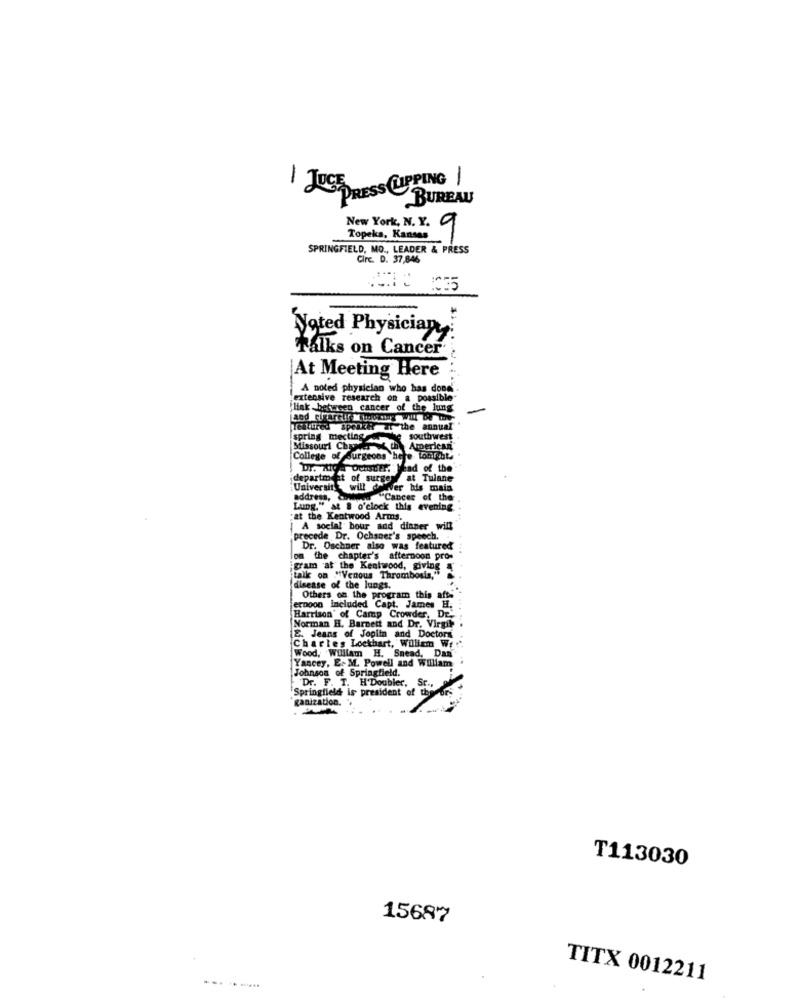
1 JUCE DRESS CUPPING /
BUREAU
New York, N. Y. 9
Topeka, Kansas
SPRINGFIELD, MO ., LEADER & PRESS
Circ. D. 37,846
Noted Physician
Talks on Cancer
At Meeting Here
A noted physician who has done-
extensive research on a possible-
link between cancer of the lung
-
Tellured speakh at the annual
spring mecting
southwest
Missouri Chy
American
College of surgeons here tonight
Dr. Ale Denstier:" Wad of the
department of surgery at Tulane
University will driver his mais
address, co
wow "Cances of the
Lung." at & o'clock this evening
:at the Kentwood Arms.
A social" bour and dinner will
precede Dr. Ochsner's speech.
Dr. Oschner also was featured
on the chapter's afternoon pro-
gram at the Kentwood, giving
talk on "Venous Thrombosis,"
disease of the lungs.
Others on the program this afts
ernoon Included Capt. James H.
Harrison' of Camp Crowder, DE,
Norman H. Barnett and Dr. Virgile
E. Jeans of Jogiin and Doctors
Charles Lockhart, William Wt
Wood, William H. Snead, Dan
Yancey, E.M. Powell and William
Johnson of Springfield.
Springfield is president of the
Dr. F. T. H'Doubler, Sr .,
ganization.
T113030
15687
TITX 0012211